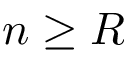
n \ge R